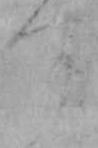
す